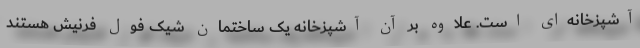
آشپزخانه‌ای است. علاوه بر آن آشپزخانه یک ساختمان شیک فول فرنیش هستند